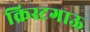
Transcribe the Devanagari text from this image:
क्रिस्टगाऊ